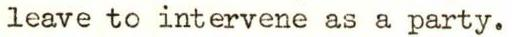
leave to intervene as a party.